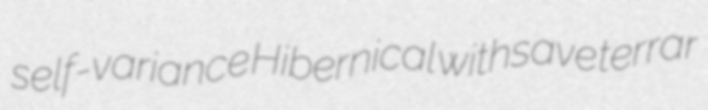
self-variance Hibernical withsave terrar